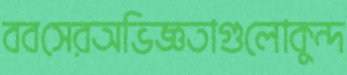
ববসেরঅভিজ্ঞতাগুলোকুন্দ